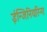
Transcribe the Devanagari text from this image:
ईन्जिनियरिन्ग